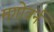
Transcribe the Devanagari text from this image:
मगोवर्न